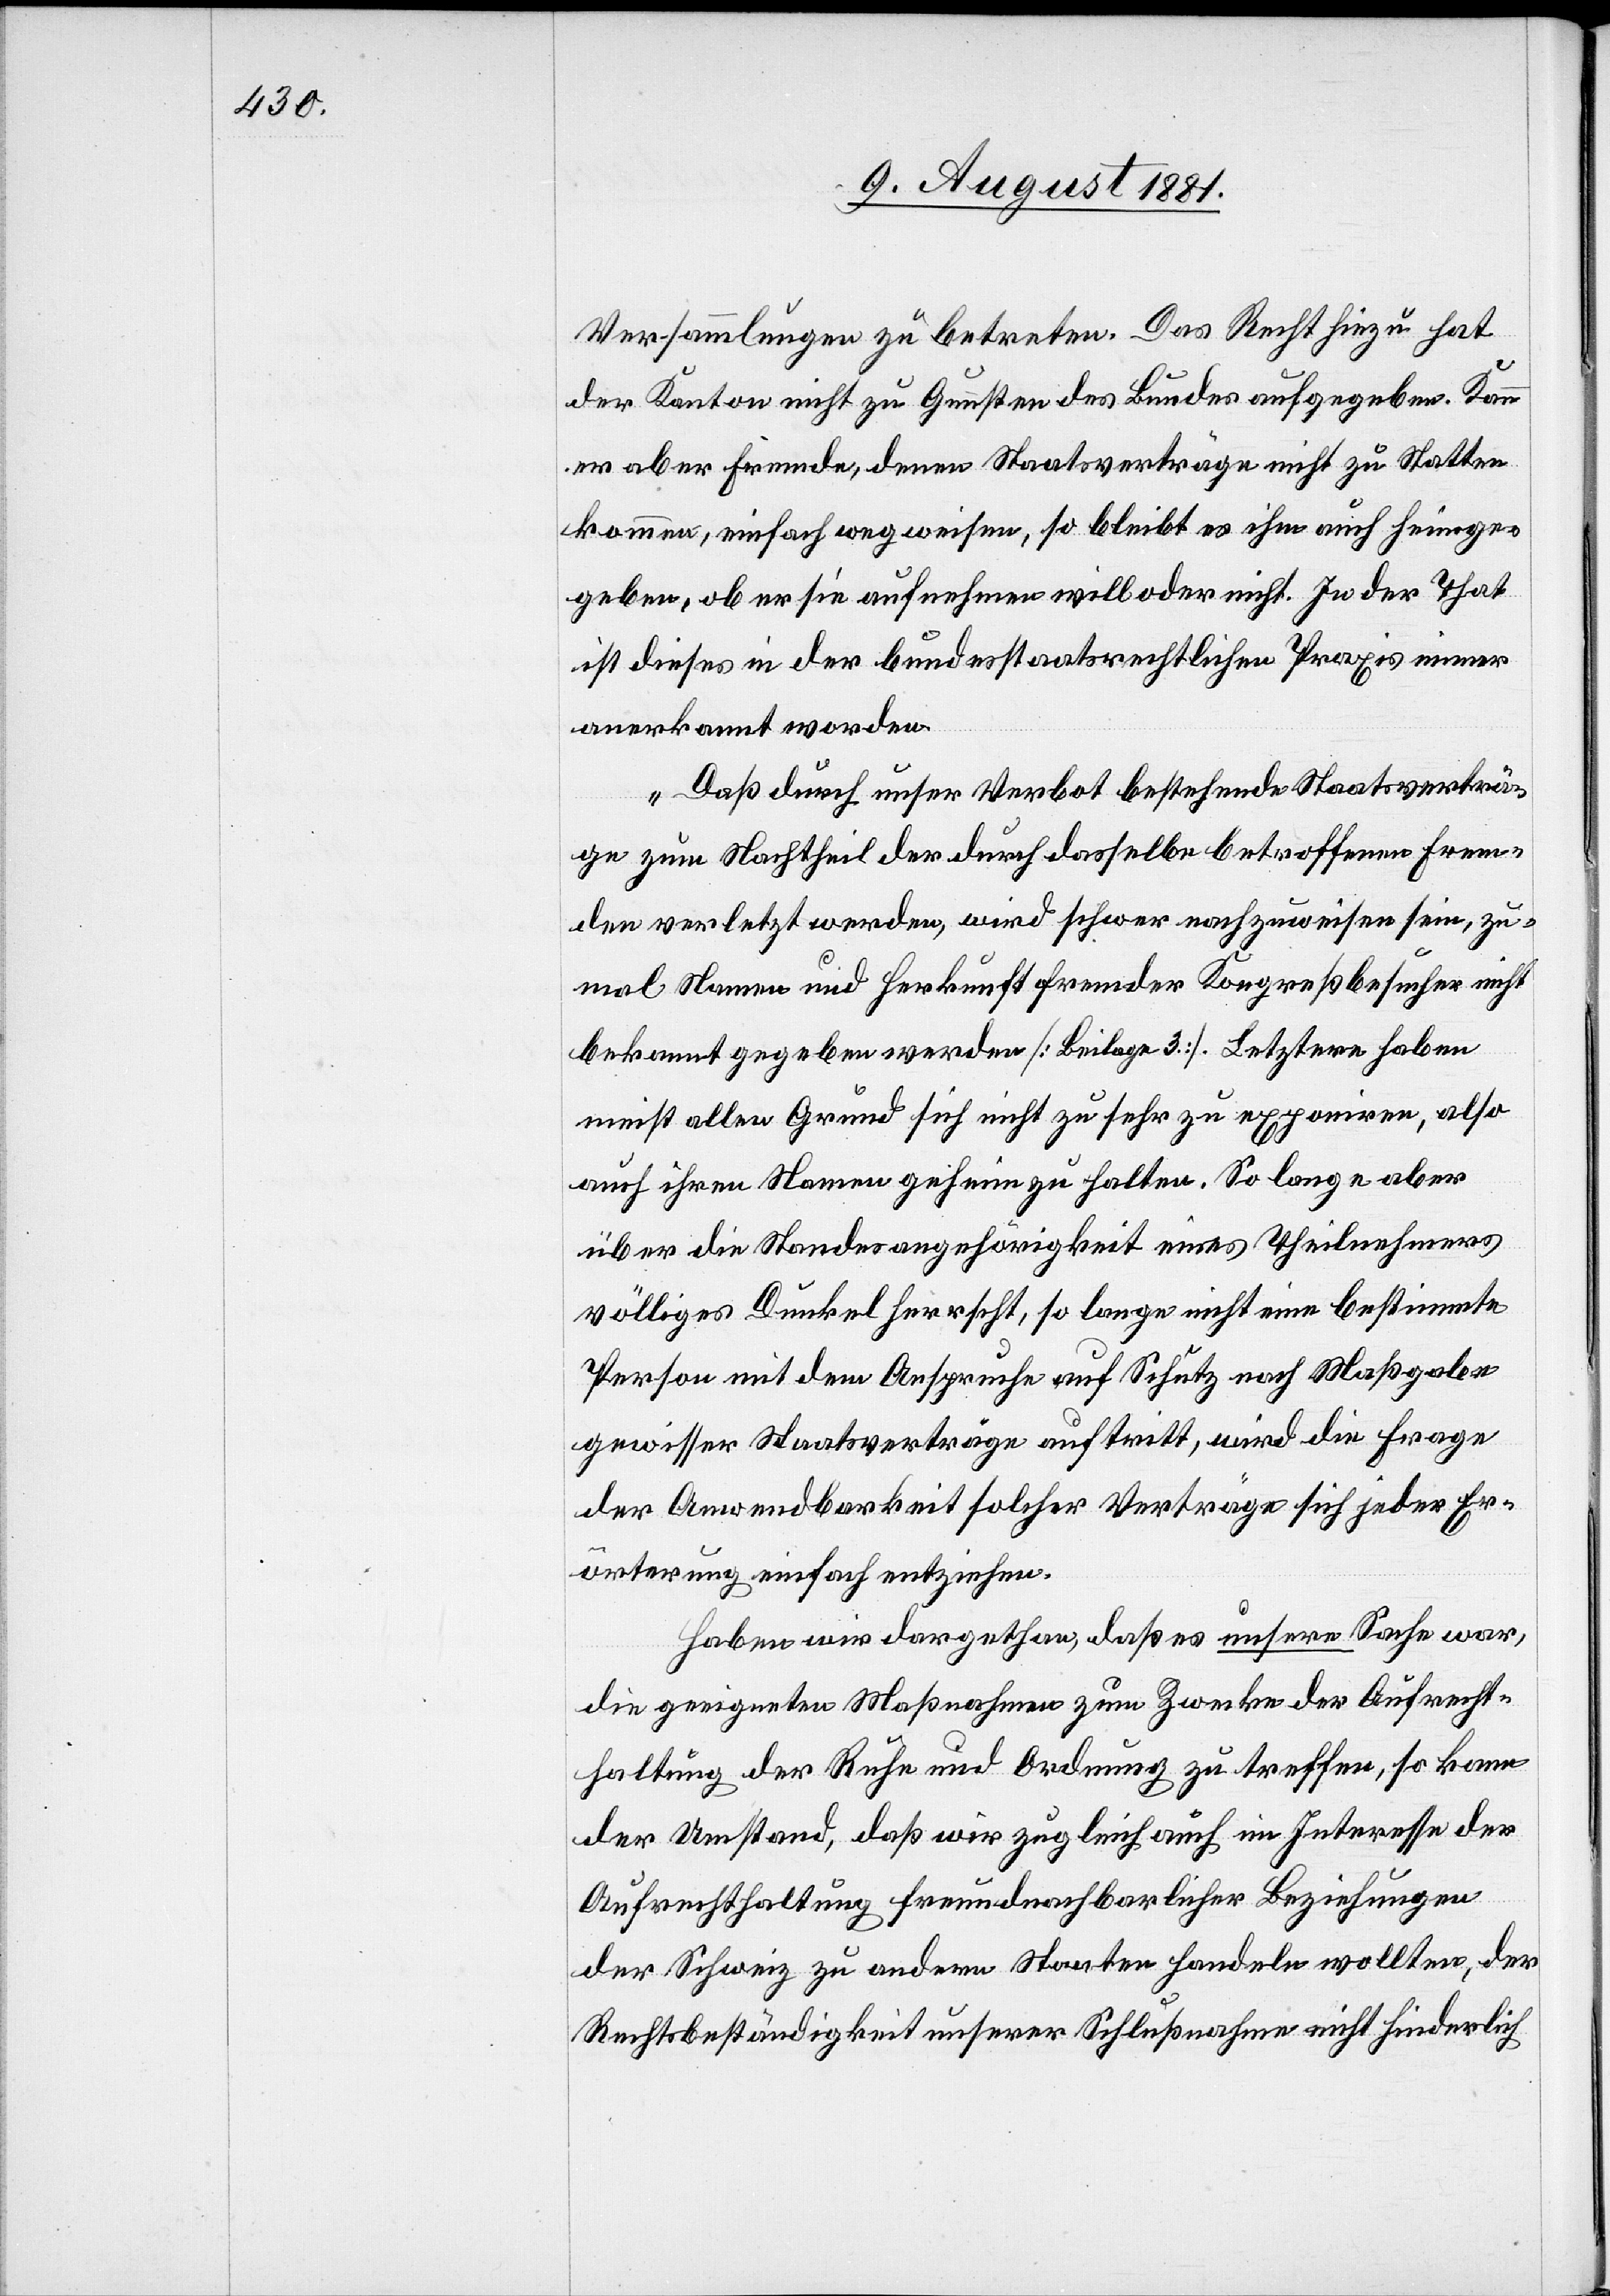
Versammlungen zu betreten. Das Recht hiezu hat
der Kanton nicht zu Gunsten des Bundes aufgegeben. Kann
er aber Fremde, denen Staatsverträge nicht zu Statten
kommen, einfach wegweisen, so bleibt es ihm auch heimge¬
geben, ob er sie aufnehmen will oder nicht. In der That
ist dieses in der bundesstaatsrechtlichen Praxis immer
anerkannt worden.
Daß durch unser Verbot bestehende Staatsverträ¬
ge zum Nachtheil der durch dasselbe betroffenen Frem¬
den verletzt werden, wird schwer nachzuweisen sein, zu¬
mal Namen und Herkunft fremder Kongreßbesucher nicht
bekannt gegeben werden [Beilage 3]. Letztere haben
meist allen Grund sich nicht zu sehr zu exponiren, also
auch ihren Namen geheim zu halten. So lange aber
über die Standesangehörigkeit eines Theilnehmers
völliges Dunkel herrscht, so lange nicht eine bestimmte
Person mit dem Anspruche auf Schutz nach Maßgabe
gewisser Staatsverträge auftritt, wird die Frage
der Anwendbarkeit solcher Verträge sich jeder Er¬
örterung einfach entziehen.
Haben wir dargethan, daß es unsere Sache war,
die geeignete Maßnahme zum Zwecke der Aufrechte¬
rhaltung der Ruhe und Ordnung zu treffen, so kann
der Umstand, daß wir zugleich auch im Interesse der
Aufrechterhaltung freundnachbarlicher Beziehungen
der Schweiz zu andern Staaten handeln wollten, der
Rechtsbeständigkeit unserer Schlußnahme nicht hinderlich